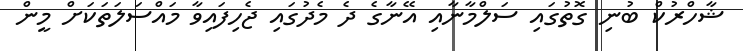
ޝާހްރުކް ބުނި ގޮތުގައި ސަލްމާނާއި އޭނާގެ ދެ މެދުގައި ޖެހިފައިވާ މައްސަލަތަކަށް މީން